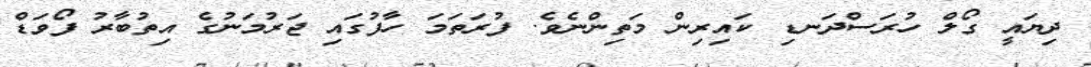
ދިޔައީ ގޯލް ހުރަސްދަނޑި ކައިރިން މަތިންނެވެ. ފުރަތަމަ ހާފުގައި ޖަރުމަނުގެ އިތުބާރު ފޯވަޑް